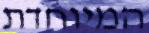
המיוחדת